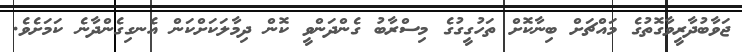
ޖަވާބުދާރީވާގޮތުގެ މައްޗަށް ބިނާކޮށް ތަހުގީގުގެ މިސްރާބު ގެންދަންވީ ކޮން ދިމާލަކަށްކަން އެނގިގެންދާނެ ކަމަށެވެ.